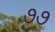
૭૭